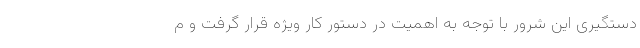
دستگیری این شرور با توجه به اهمیت در دستور کار ویژه قرار گرفت و م